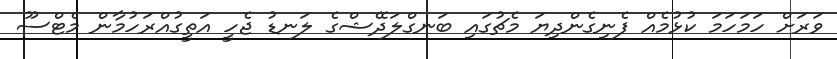
ވަރަށް ހަމަހަމަ ކުޅުމެއް ފެނިގެންދިޔަ މެޗުގައި ބަނގްލަދޭޝްގެ ލަނޑު ޖެހީ އަތީގުއްރަހުމާން މެޓްސޫ